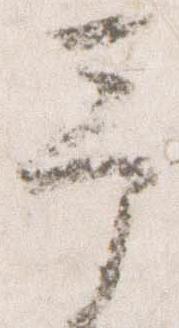
予